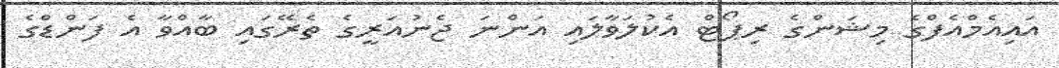
އައިއެމްއެފްގެ މިޝަންގެ ރިޕޯޓް އެކުލަވާލައި އަންނަ ޖެނުއަރީގެ ތެރޭގައި ބާއްވާ އެ ފަންޑްގެ